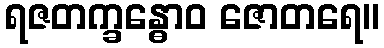
ရဇတက္ခန္ဓောဝ ဇောတရေ။